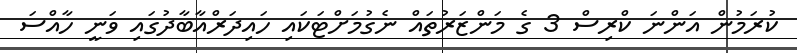
ކުރަމުން އަންނަ ކްރިސް 3 ގެ މަންޒަރުތައް ނެގުމަށްޓަކައި ހައިދަރްއާބާދުގައި ވަނީ ހާއްސަ